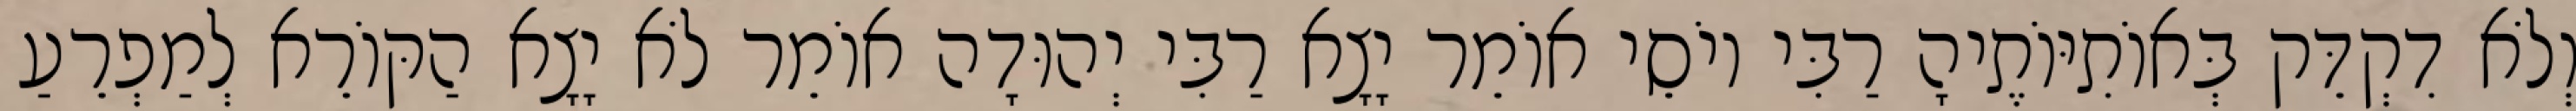
וְלֹא דִקְדֵּק בְּאוֹתִיּוֹתֶיהָ רַבִּי יוֹסֵי אוֹמֵר יָצָא רַבִּי יְהוּדָה אוֹמֵר לֹא יָצָא הַקּוֹרֵא לְמַפְרֵעַ